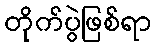
တိုက်ပွဲဖြစ်ရာ